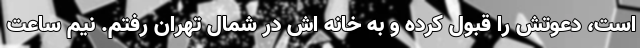
است، دعوتش را قبول کرده و به خانه اش در شمال تهران رفتم. نیم ساعت